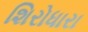
શિરોધારા